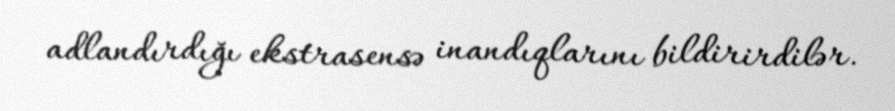
adlandırdığı ekstrasensə inandıqlarını bildirirdilər.